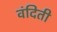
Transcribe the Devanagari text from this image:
वंदिती